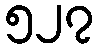
၅၂၇